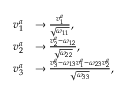
\begin{array} { r l } { v _ { 1 } ^ { a } } & { \rightarrow \frac { v _ { 1 } ^ { a } } { \sqrt { \omega _ { 1 1 } } } , } \\ { v _ { 2 } ^ { a } } & { \rightarrow \frac { v _ { 2 } ^ { a } - \omega _ { 1 2 } } { \sqrt { \omega _ { 2 2 } } } , } \\ { v _ { 3 } ^ { a } } & { \rightarrow \frac { v _ { 3 } ^ { a } - \omega _ { 1 3 } v _ { 1 } ^ { a } - \omega _ { 2 3 } v _ { 2 } ^ { a } } { \sqrt { \omega _ { 3 3 } } } , } \end{array}